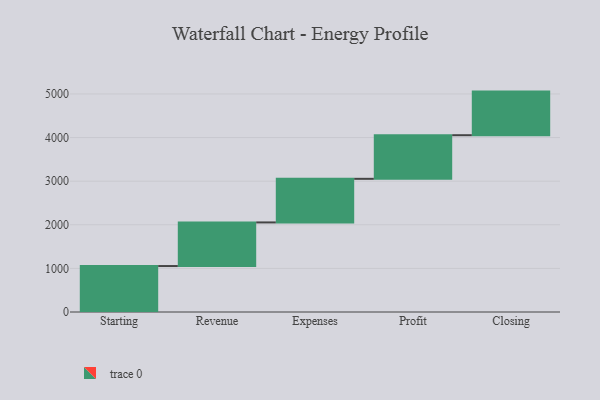
{"axis": {"x": "Step", "y": "Value"}, "legend": [""], "data": [{"x": "Starting", "y": 1054.0, "type": ""}, {"x": "Revenue", "y": 1000, "type": ""}, {"x": "Expenses", "y": 1000, "type": ""}, {"x": "Profit", "y": 1000, "type": ""}, {"x": "Closing", "y": 1000, "type": ""}]}